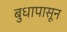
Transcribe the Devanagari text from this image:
बुधापासून